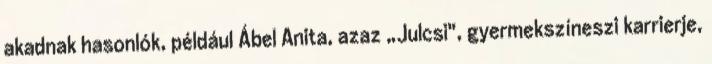
akadnak hasonlók, például Ábel Anita, azaz „Julcsi", gyermekszíneszi karrierje,